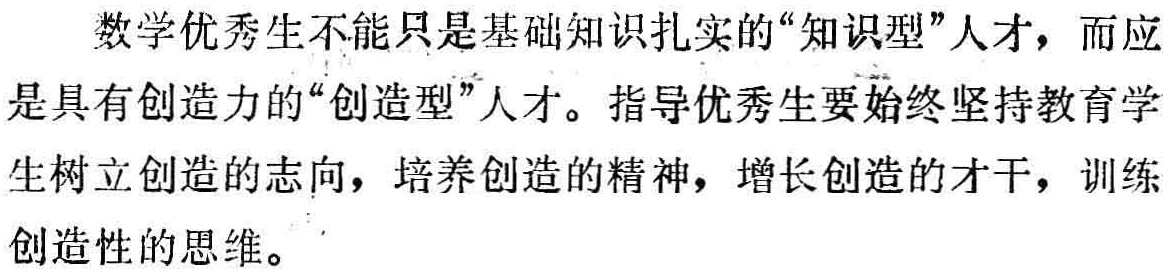
数学优秀生不能只是基础知识扎实的“知识型”人才，而应是具有创造力的“创造型”人才。指导优秀生要始终坚持教育学生树立创造的志向，培养创造的精神，增长创造的才干，训练创造性的思维。